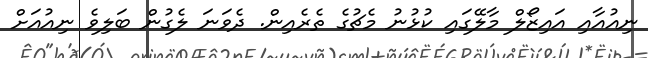
ނިއުއާއި އައިޒޯލް މާލޭގައި ކުޅުނު މެޗުގެ ތެރެއިން. ދެވަނަ ލެގުން ބަލިވެ ނިއުއަށް